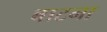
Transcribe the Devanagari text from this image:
बाटना